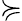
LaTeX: \succcurlyeq